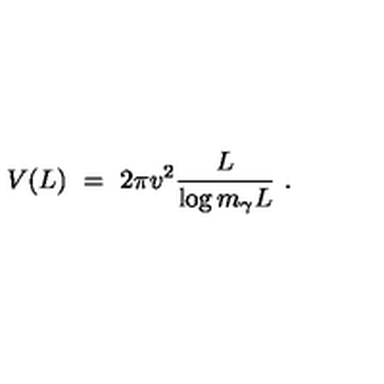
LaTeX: V ( L ) \ = \ 2 \pi v ^ { 2 } \frac L { \log { m _ { \gamma } L } } \ .